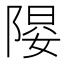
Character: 𱀤